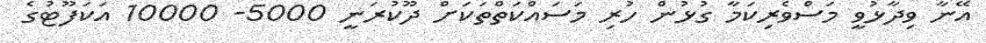
އޭނާ ވިދާޅުވީ މަސްވެރިކަމާ ގުޅުން ހުރި މަސައްކަތްތަކަށް ދޫކުރަނީ 5000- 10000 އަކަފޫޓުގެ